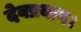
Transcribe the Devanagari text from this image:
देवप्रयाग।